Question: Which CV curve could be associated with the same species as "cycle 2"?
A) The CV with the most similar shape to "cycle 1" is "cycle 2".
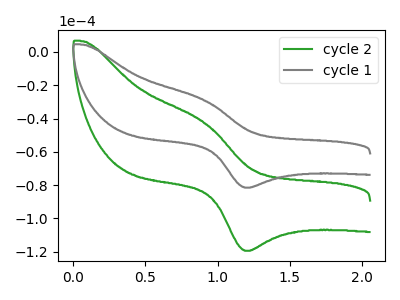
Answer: <think>The green curve "cycle 2" has an anodic peak at (0.90V, -42.20uA) and a cathodic peak at (1.20V, -119.45uA). The gray curve "cycle 1" has an anodic peak at (0.90V, -28.80uA) and a cathodic peak at (1.20V, -81.50uA).
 All the peaks in "cycle 2" have a peak in "cycle 1" at the same potential.</think>
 <answer>A) The CV with the most similar shape to "cycle 1" is "cycle 2".</answer>
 <eval>A</eval>